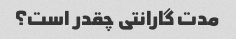
مدت گارانتی چقدر است؟